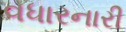
વધારનારી